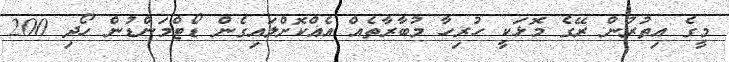
މީގެ އިތުރުން ރޭގެ މޮޅަކީ ހުރިހާ މުބާރާތެއް އެއްކޮށްލައިގެން ޑޯޓްމަންޑުން ހޯދި 200